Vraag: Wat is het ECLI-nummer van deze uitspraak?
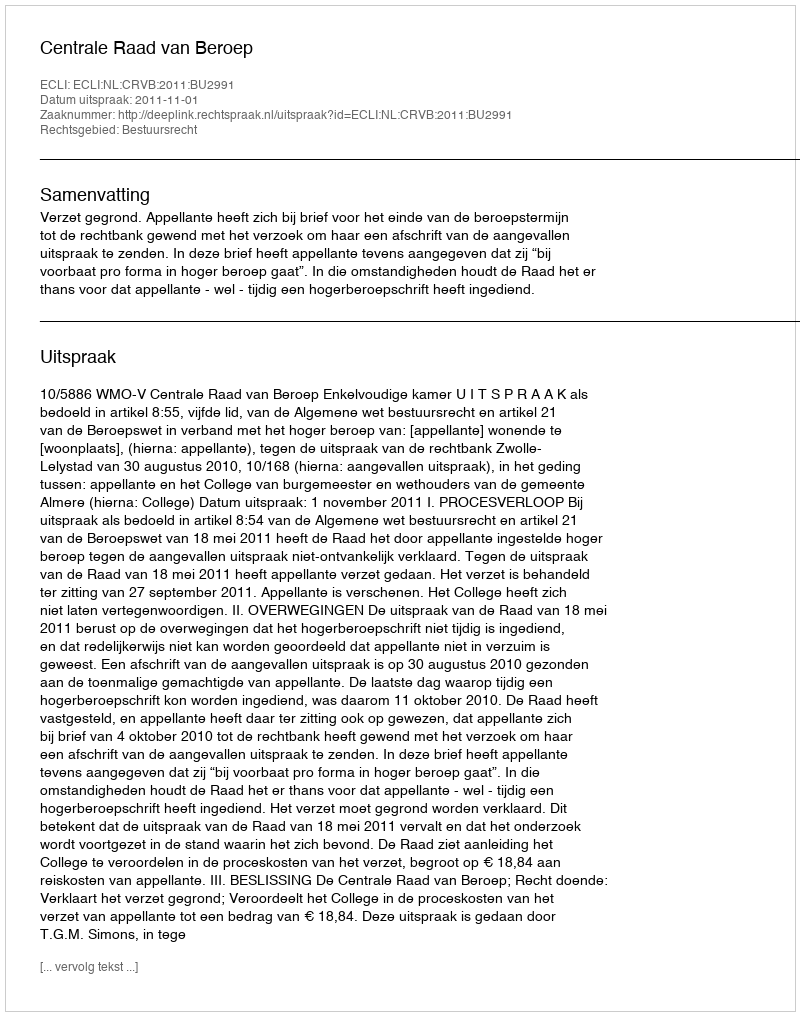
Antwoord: ECLI:NL:CRVB:2011:BU2991